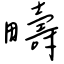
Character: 疇